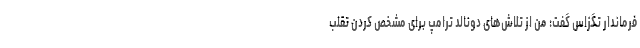
فرماندار تگزاس گفت: من از تلاش‌های دونالد ترامپ برای مشخص کردن تقلب